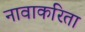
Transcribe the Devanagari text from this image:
नावाकरिता